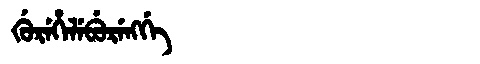
Manchu: ᡤᡠᡵᡝᡥᡝᠯᡝᠪᡠᡵᡝᠩᡤᡝ
Romanization: GUREHELEBURENGGE